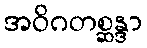
အဝိဂတစ္ဆန္ဒာ